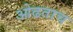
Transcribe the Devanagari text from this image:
ओढताच